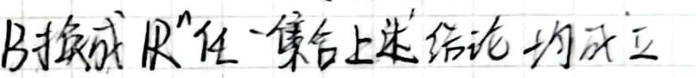
B 替换成 \(R^n\) 任一集合上述结论均成立